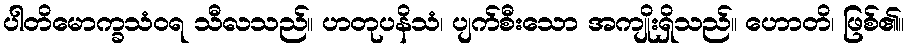
ပါတိမောက္ခသံဝရ သီလသည်။ ဟတုပနိသံ၊ ပျက်စီးသော အကျိုးရှိသည်။ ဟောတိ၊ ဖြစ်၏။